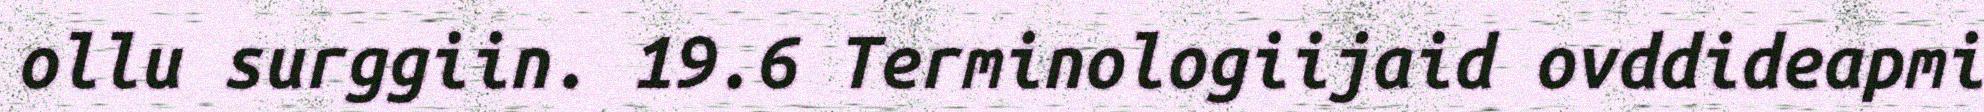
ollu surggiin. 19.6 Terminologiijaid ovddideapmi